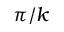
\pi / k